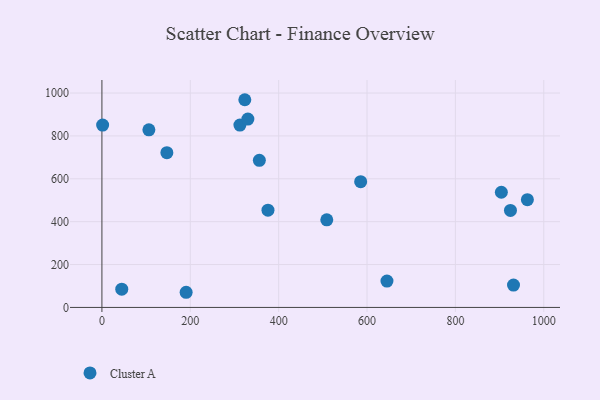
{"axis": {"x": "Speed", "y": "Fuel Efficiency"}, "legend": ["Cluster A"], "data": [{"x": "904.0", "y": 537.4, "type": "Cluster A"}, {"x": "962.9", "y": 502.7, "type": "Cluster A"}, {"x": "44.9", "y": 85.0, "type": "Cluster A"}, {"x": "375.8", "y": 453.8, "type": "Cluster A"}, {"x": "323.4", "y": 968.9, "type": "Cluster A"}, {"x": "1.6", "y": 850.7, "type": "Cluster A"}, {"x": "312.3", "y": 850.6, "type": "Cluster A"}, {"x": "508.9", "y": 408.7, "type": "Cluster A"}, {"x": "645.1", "y": 122.8, "type": "Cluster A"}, {"x": "106.3", "y": 828.5, "type": "Cluster A"}, {"x": "585.6", "y": 586.5, "type": "Cluster A"}, {"x": "190.6", "y": 70.7, "type": "Cluster A"}, {"x": "147.0", "y": 722.0, "type": "Cluster A"}, {"x": "356.3", "y": 686.4, "type": "Cluster A"}, {"x": "330.3", "y": 878.8, "type": "Cluster A"}, {"x": "924.6", "y": 452.5, "type": "Cluster A"}, {"x": "931.5", "y": 104.5, "type": "Cluster A"}]}